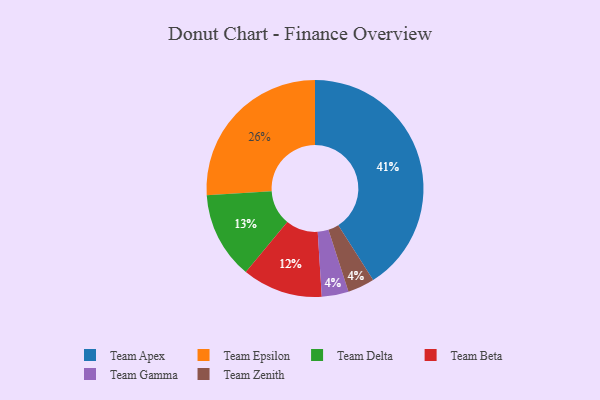
{"axis": {"x": "Category", "y": "Percentage"}, "legend": ["Team Apex", "Team Beta", "Team Delta", "Team Epsilon", "Team Gamma", "Team Zenith"], "data": [{"x": "Team Delta", "y": 13, "type": "Team Delta"}, {"x": "Team Apex", "y": 41, "type": "Team Apex"}, {"x": "Team Beta", "y": 12, "type": "Team Beta"}, {"x": "Team Gamma", "y": 4, "type": "Team Gamma"}, {"x": "Team Epsilon", "y": 26, "type": "Team Epsilon"}, {"x": "Team Zenith", "y": 4, "type": "Team Zenith"}]}